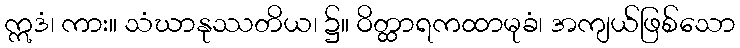
ဣဒံ၊ ကား။ သံဃာနုဿတိယ၊ ၌။ ဝိတ္ထာရကထာမုခံ၊ အကျယ်ဖြစ်သော